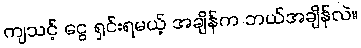
ကျသင့် ငွေ ရှင်းရမယ့် အချိန်က ဘယ်အချိန်လဲ။